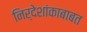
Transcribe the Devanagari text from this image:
निर्देशांकाबाबत